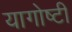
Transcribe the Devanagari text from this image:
यागोष्टी